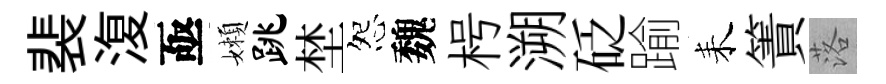
裴𣸪亟嬾跳埜怨魏枵溯砭踰耒簀落